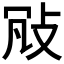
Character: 𢼐